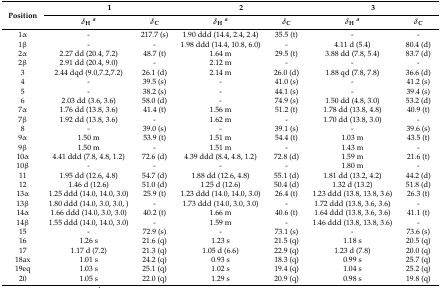
<table><thead><tr><td rowspan="2"><b>Position</b></td><td colspan="2"><b>1</b></td><td colspan="2"><b>2</b></td><td colspan="2"><b>3</b></td></tr><tr><td><b><i>δ</i><sub>H</sub><i><sup>a</sup></i></b></td><td><b><i>δ</i><sub>C</sub></b></td><td><b><i>δ</i><sub>H</sub><i><sup>a</sup></i></b></td><td><b><i>δ</i><sub>C</sub></b></td><td><b><i>δ</i><sub>H</sub><i><sup>a</sup></i></b></td><td><b><i>δ</i><sub>C</sub></b></td></tr></thead><tbody><tr><td>1α</td><td>-</td><td>217.7 (s)</td><td>1.90 ddd (14.4, 2.4, 2.4)</td><td>35.5 (t)</td><td>-</td><td>-</td></tr><tr><td>1β</td><td>-</td><td>-</td><td>1.98 ddd (14.4, 10.8, 6.0)</td><td>-</td><td>4.11 d (5.4)</td><td>80.4 (d)</td></tr><tr><td>2α</td><td>2.27 dd (20.4, 7.2)</td><td>48.7 (t)</td><td>1.64 m</td><td>29.5 (t)</td><td>3.88 dd (7.8, 5.4)</td><td>83.7 (d)</td></tr><tr><td>2β</td><td>2.91 dd (20.4, 9.0)</td><td>-</td><td>2.12 m</td><td>-</td><td>-</td><td>-</td></tr><tr><td>3</td><td>2.44 dqd (9.0,7.2,7.2)</td><td>26.1 (d)</td><td>2.14 m</td><td>26.0 (d)</td><td>1.88 qd (7.8, 7.8)</td><td>36.6 (d)</td></tr><tr><td>4</td><td>-</td><td>39.5 (s)</td><td>-</td><td>41.0 (s)</td><td>-</td><td>41.2 (s)</td></tr><tr><td>5</td><td>-</td><td>38.2 (s)</td><td>-</td><td>44.1 (s)</td><td>-</td><td>39.4 (s)</td></tr><tr><td>6</td><td>2.03 dd (3.6, 3.6)</td><td>58.0 (d)</td><td>-</td><td>74.9 (s)</td><td>1.50 dd (4.8, 3.0)</td><td>53.2 (d)</td></tr><tr><td>7α</td><td>1.76 dd (13.8, 3.6)</td><td>41.4 (t)</td><td>1.56 m</td><td>51.2 (t)</td><td>1.78 dd (13.8, 4.8)</td><td>40.9 (t)</td></tr><tr><td>7β</td><td>1.92 dd (13.8, 3.6)</td><td>-</td><td>1.62 m</td><td>-</td><td>1.70 dd (13.8, 3.0)</td><td>-</td></tr><tr><td>8</td><td>-</td><td>39.0 (s)</td><td>-</td><td>39.1 (s)</td><td>-</td><td>39.6 (s)</td></tr><tr><td>9α</td><td>1.50 m</td><td>53.9 (t)</td><td>1.51 m</td><td>54.4 (t)</td><td>1.03 m</td><td>43.5 (t)</td></tr><tr><td>9β</td><td>1.50 m</td><td>-</td><td>1.51 m</td><td>-</td><td>1.43 m</td><td>-</td></tr><tr><td>10α</td><td>4.41 ddd (7.8, 4.8, 1.2)</td><td>72.6 (d)</td><td>4.39 ddd (8.4, 4.8, 1.2)</td><td>72.8 (d)</td><td>1.59 m</td><td>21.6 (t)</td></tr><tr><td>10β</td><td>-</td><td>-</td><td>-</td><td>-</td><td>1.80 m</td><td>-</td></tr><tr><td>11</td><td>1.95 dd (12.6, 4.8)</td><td>54.7 (d)</td><td>1.88 dd (12.6, 4.8)</td><td>55.1 (d)</td><td>1.81 dd (13.2, 4.2)</td><td>44.2 (d)</td></tr><tr><td>12</td><td>1.46 d (12.6)</td><td>51.0 (d)</td><td>1.25 d (12.6)</td><td>50.4 (d)</td><td>1.32 d (13.2)</td><td>51.8 (d)</td></tr><tr><td>13α</td><td>1.25 ddd (14.0, 14.0, 3.0)</td><td>25.9 (t)</td><td>1.23 ddd (14.0, 14.0, 3.0)</td><td>26.4 (t)</td><td>1.23 ddd (13.8, 13.8, 3.6)</td><td>26.3 (t)</td></tr><tr><td>13β</td><td>1.80 ddd (14.0, 3.0, 3.0, )</td><td>-</td><td>1.73 ddd (14.0, 3.0, 3.0)</td><td>-</td><td>1.72 ddd (13.8, 3.6, 3.6)</td><td>-</td></tr><tr><td>14α</td><td>1.66 ddd (14.0, 3.0, 3.0)</td><td>40.2 (t)</td><td>1.66 m</td><td>40.6 (t)</td><td>1.64 ddd (13.8, 3.6, 3.6)</td><td>41.1 (t)</td></tr><tr><td>14β</td><td>1.55 ddd (14.0, 14.0, 3.0)</td><td>-</td><td>1.59 m</td><td>-</td><td>1.46 ddd (13.8, 13.8, 3.6)</td><td>-</td></tr><tr><td>15</td><td>-</td><td>72.9 (s)</td><td>-</td><td>73.1 (s)</td><td>-</td><td>73.6 (s)</td></tr><tr><td>16</td><td>1.26 s</td><td>21.6 (q)</td><td>1.23 s</td><td>21.5 (q)</td><td>1.18 s</td><td>20.5 (q)</td></tr><tr><td>17</td><td>1.17 d (7.2)</td><td>21.3 (q)</td><td>1.05 d (6.6)</td><td>22.9 (q)</td><td>1.23 d (7.8)</td><td>20.0 (q)</td></tr><tr><td>18ax</td><td>1.01 s</td><td>24.2 (q)</td><td>0.93 s</td><td>18.3 (q)</td><td>0.99 s</td><td>25.7 (q)</td></tr><tr><td>19eq</td><td>1.03 s</td><td>25.1 (q)</td><td>1.02 s</td><td>19.4 (q)</td><td>1.04 s</td><td>25.2 (q)</td></tr><tr><td>20</td><td>1.05 s</td><td>22.0 (q)</td><td>1.29 s</td><td>20.9 (q)</td><td>0.98 s</td><td>19.8 (q)</td></tr></tbody></table>